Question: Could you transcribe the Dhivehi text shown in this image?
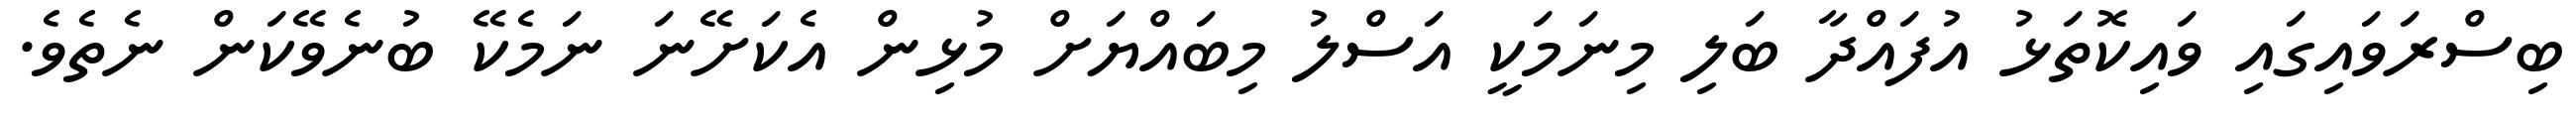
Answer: ބިސްރަވައިގައި ވައިކޮތަޅު އުފައްދާ ބަލި މިނަމަކީ އަސްލު މިބައްޔަށް މުޅިން އެކަށޭނަ ނަމެކޭ ބުނެވޭކަން ނެތެވެ.